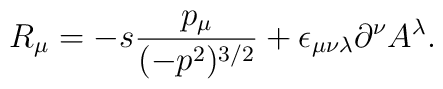
R_{\mu}=-s\frac{p_{\mu}}{(-p^{2})^{3/2}}+\epsilon_{\mu\nu\lambda}\partial^{\nu}A^{\lambda}.